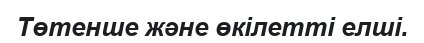
Төтенше және өкілетті елші.